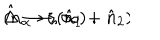
LaTeX: \hat { \Delta } \rightarrow \zeta ( \hat { n } _ { 1 } + \hat { n } _ { 2 } ) \hspace { 1 0 m m } ( n _ { \alpha } \rightarrow \infty ) \; .